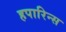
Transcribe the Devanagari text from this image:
हपारिन्स